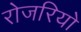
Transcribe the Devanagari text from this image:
रोजरियो